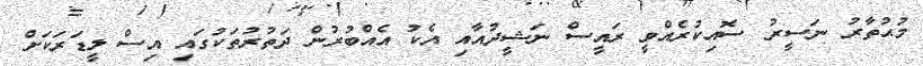
މުޙުތާރު ނަސީރު ސޮއިކުރެއްވީ ރައީސް ނަޝީދުއާއި އެކު އެއްބުރުން ދަތުރުތަކުގައި އިސް ލީޑަރަކަށް